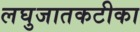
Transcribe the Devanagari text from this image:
लघुजातकटीका